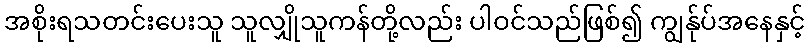
အစိုးရသတင်းပေးသူ သူလျှိုသူကန်တို့လည်း ပါဝင်သည်ဖြစ်၍ ကျွန်ုပ်အနေနှင့်